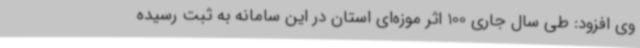
وی افزود: طی سال جاری 100 اثر موزه‌ای استان در این سامانه به ثبت رسیده